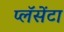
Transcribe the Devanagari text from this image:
प्लॅसेंटा